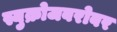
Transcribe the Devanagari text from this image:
स्युक्रोजबरोबर